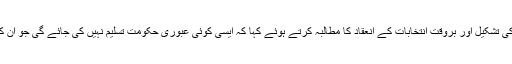
انھوں نے غیر جانبدار عبوری حکومت کی تشکیل اور بروقت انتخابات کے انعقاد کا مطالبہ کرتے ہوئے کہا کہ ایسی کوئی عبوری حکومت تسلیم نہیں کی جائے گی جو ان کے بقول مک مکا سے تشکیل دی جائے۔